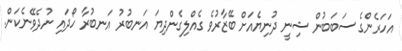
އަހަރެންގެ ސަބަބުން ޝިނީ ދުނިޔެއަށް ބޭޒާރުވެ ގެއްލިގެންދިޔަ އަނބުރު އަނބުރާ ހޯދައި ނުދެވޭނެކަން.